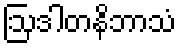
ဩဒါတနိဘာသံ